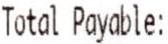
TOTAL PAYABLE: